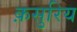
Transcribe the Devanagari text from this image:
क़सुरिय